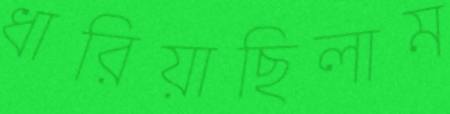
ধারিয়াছিলাম